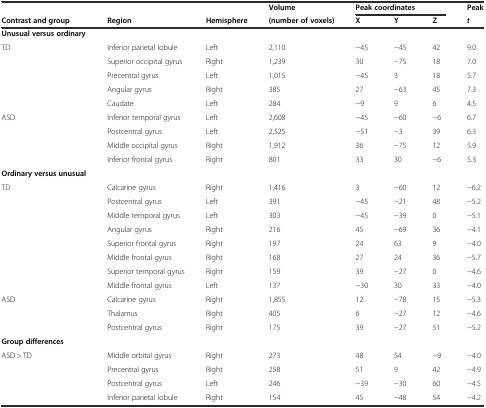
|  |  |  | Volume | <COLSPAN=3> Peak coordinates | Peak |
 | Contrast and group | Region | Hemisphere | (number of voxels) | X | Y | Z | t |
 | --- | --- | --- | --- | --- | --- | --- | --- |
 | Unusual versus ordinary |  |  |  |  |  |  |  |
 | TD | Inferior parietal lobule | Left | 2,110 | -45 | -45 | 42 | 9.0 |
 |  | Superior occipital gyrus | Right | 1,239 | 30 | -75 | 18 | 7.0 |
 |  | Precentral gyrus | Left | 1,015 | -45 | 3 | 18 | 5.7 |
 |  | Angular gyrus | Right | 385 | 27 | -63 | 45 | 7.3 |
 |  | Caudate | Left | 284 | -9 | 9 | 6 | 4.5 |
 | ASD | Inferior temporal gyrus | Left | 2,608 | -45 | -60 | -6 | 6.7 |
 |  | Postcentral gyrus | Left | 2,525 | -51 | -3 | 39 | 6.3 |
 |  | Middle occipital gyrus | Right | 1,912 | 36 | -75 | 12 | 5.9 |
 |  | Inferior frontal gyrus | Right | 801 | 33 | 30 | -6 | 5.3 |
 | Ordinary versus unusual |  |  |  |  |  |  |  |
 | TD | Calcarine gyrus | Right | 1,416 | 3 | -60 | 12 | -6.2 |
 |  | Postcentral gyrus | Left | 391 | -45 | -21 | 48 | -5.2 |
 |  | Middle temporal gyrus | Left | 303 | -45 | -39 | 0 | -5.1 |
 |  | Angular gyrus | Right | 216 | 45 | -69 | 36 | -4.1 |
 |  | Superior frontal gyrus | Right | 197 | 24 | 63 | 9 | -4.0 |
 |  | Middle frontal gyrus | Right | 168 | 27 | 24 | 36 | -5.7 |
 |  | Superior temporal gyrus | Right | 159 | 39 | -27 | 0 | -4.6 |
 |  | Middle frontal gyrus | Left | 137 | -30 | 30 | 33 | -4.0 |
 | ASD | Calcarine gyrus | Right | 1,855 | 12 | -78 | 15 | -5.3 |
 |  | Thalamus | Right | 405 | 6 | -27 | 12 | -4.6 |
 |  | Postcentral gyrus | Right | 175 | 39 | -27 | 51 | -5.2 |
 | Group differences |  |  |  |  |  |  |  |
 | ASD > TD | Middle orbital gyrus | Right | 273 | 48 | 54 | -9 | -4.0 |
 |  | Precentral gyrus | Right | 258 | 51 | 9 | 42 | -4.9 |
 |  | Postcentral gyrus | Left | 246 | -39 | -30 | 60 | -4.5 |
 |  | Inferior parietal lobule | Right | 154 | 45 | -48 | 54 | -4.2 |